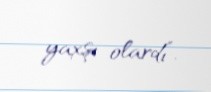
yaxşı olardı”.